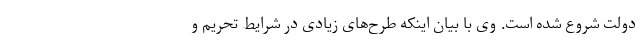
دولت شروع شده است. وی با بیان اینکه طرح‌های زیادی در شرایط تحریم و